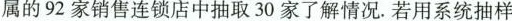
属的92家销售连锁店中抽取30家了解情况。若用系统抽样